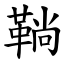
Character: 鞝